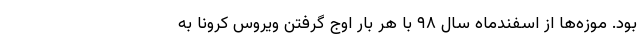
بود. موزه‌ها از اسفندماه سال ۹۸ با هر بار اوج گرفتن ویروس کرونا به